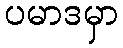
ပမာဒမှာ